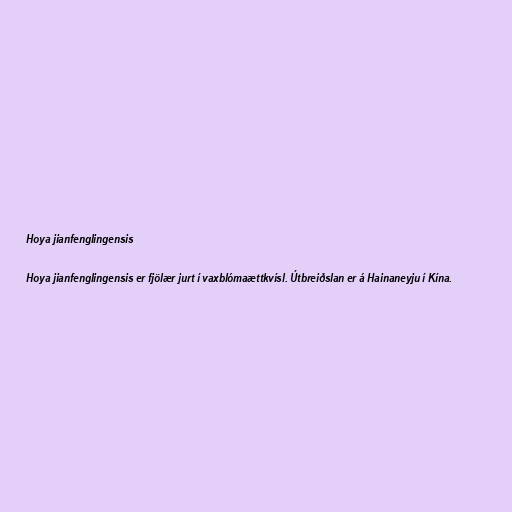
Hoya jianfenglingensis

Hoya jianfenglingensis er fjölær jurt í vaxblómaættkvísl. Útbreiðslan er á Hainaneyju í Kína.